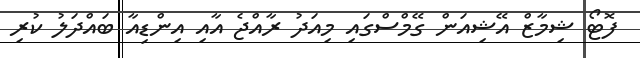
ފޮޓޯ ޝިމާޒް އޭޝިއަން ގޭމްސްގައި މިއަދު ރާއްޖެ އާއި އިންޑިއާ ބައްދަލު ކުރި